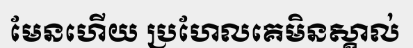
មែនហើយ ប្រហែលគេមិនស្គាល់